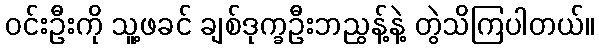
ဝင်းဦးကို သူ့ဖခင် ချစ်ဒုက္ခဦးဘညွန့်နဲ့ တွဲသိကြပါတယ်။